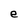
Character: e